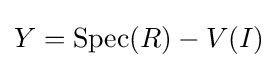
Y=\operatorname {Spec} (R)-V(I)